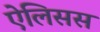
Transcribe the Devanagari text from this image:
ऐलिसस